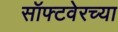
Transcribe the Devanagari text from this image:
सॉफ्टवेरच्या